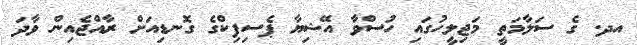
އދ. ގެ ސަލާމަތީ މަޖިލީހުގައި ހުސްވާ އޭޝިޔާ ޕެސިފިކްގެ ގޮނޑިއަށް ރާއްްޖެއިން ވާދަ